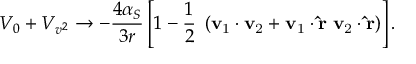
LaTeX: V _ { 0 } + V _ { v ^ { 2 } } \rightarrow - \frac { 4 \alpha _ { S } } { 3 r } \left[ 1 - \frac { 1 } { 2 } \; \left( \bf v _ { \mathrm { 1 } } \cdot v _ { \mathrm { 2 } } + v _ { \mathrm { 1 } } \cdot \hat { r } \; v _ { \mathrm { 2 } } \cdot \hat { r } \right) \right] .